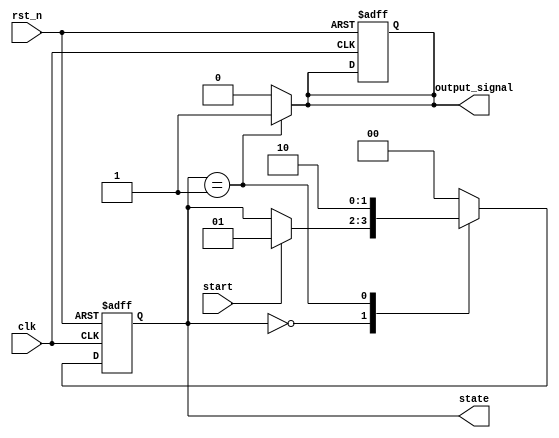
module fsm_example (
    input wire clk,          // Clock input
    input wire rst_n,       // Active low reset
    input wire start,       // Input signal to transition to STATE1
    output reg [1:0] state, // Current state output
    output reg output_signal // Example output based on state
);

    // State encoding
    localparam IDLE   = 2'b00;
    localparam STATE1 = 2'b01;
    localparam STATE2 = 2'b10;

    // State variable
    reg [1:0] current_state;

    // Initialization logic
    always @(posedge clk or negedge rst_n) begin
        if (!rst_n) begin
            // Reset to default state
            current_state <= IDLE;
            output_signal <= 1'b0; // Default output
        end else begin
            // State transition logic
            case (current_state)
                IDLE: begin
                    if (start) begin
                        current_state <= STATE1; // Transition to STATE1
                    end
                end
                STATE1: begin
                    // Example transition to STATE2
                    current_state <= STATE2; 
                end
                STATE2: begin
                    // Example transition back to IDLE
                    current_state <= IDLE; 
                end
                default: begin
                    current_state <= IDLE; // Fallback to IDLE
                end
            endcase
        end
    end

    // Output logic based on current state
    always @(*) begin
        case (current_state)
            IDLE: output_signal = 1'b0; // Output for IDLE
            STATE1: output_signal = 1'b1; // Output for STATE1
            STATE2: output_signal = 1'b0; // Output for STATE2
            default: output_signal = 1'b0; // Default output
        endcase
    end

    // Assign the current state to output
    always @(*) begin
        state = current_state; // Output the current state
    end

endmodule